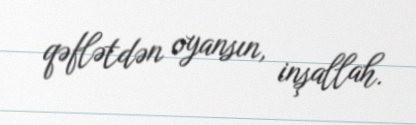
qəflətdən oyansın, inşallah.